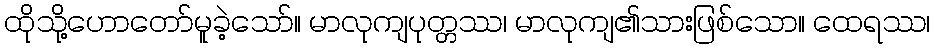
ထိုသို့ဟောတော်မူခဲ့သော်။ မာလုကျပုတ္တဿ၊ မာလုကျ၏သားဖြစ်သော။ ထေရဿ၊